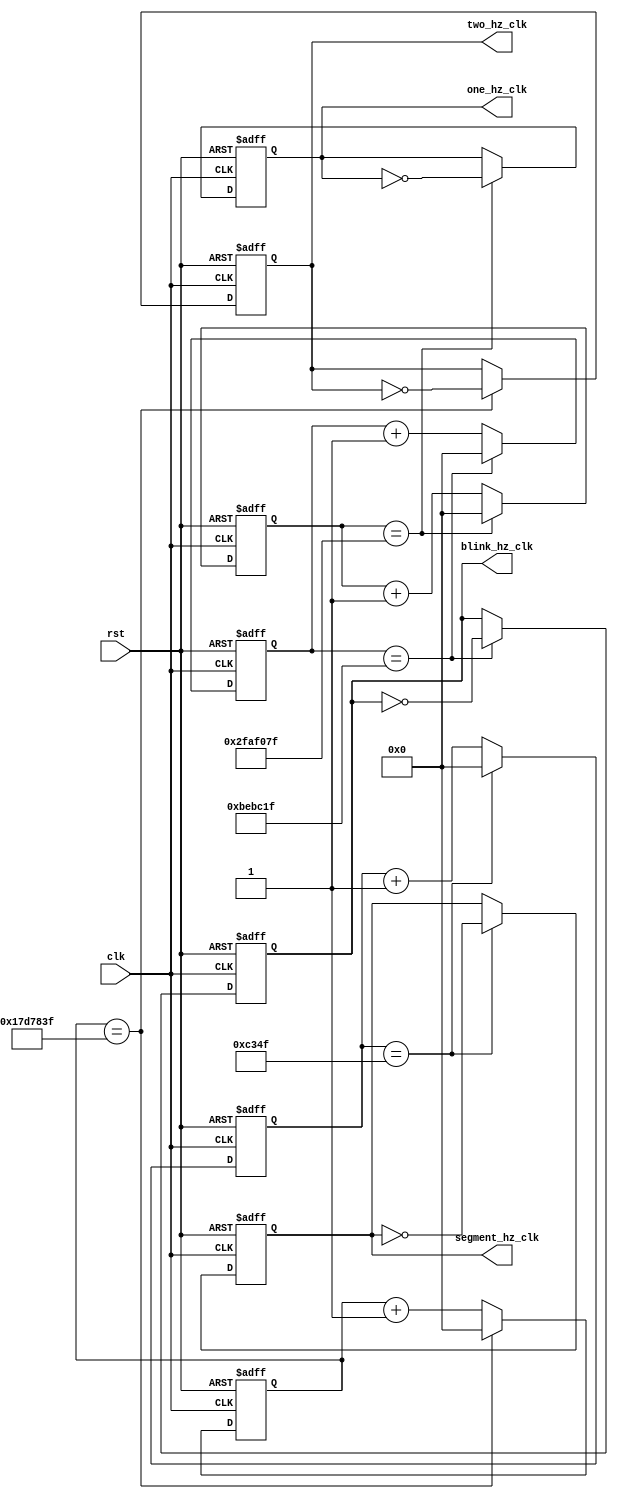
`timescale 1ns / 1ps
//////////////////////////////////////////////////////////////////////////////////
// Company: 
// Engineer: 
// 
// Design Name: 
// Module Name:    clock_dividers 
// Project Name: 
// Target Devices: 
// Tool versions: 
// Description: 
//
// Dependencies: 
//
// Revision: 
// Revision 0.01 - File Created
// Additional Comments: 
//
//////////////////////////////////////////////////////////////////////////////////

//Create four separate clock dividers
module clock_dividers(
	input wire clk,
	input wire rst,
	output wire two_hz_clk,
	output wire one_hz_clk,
	output wire segment_hz_clk,
	output wire blink_hz_clk
    );
	 
	reg two_hz_clk_reg;
	reg one_hz_clk_reg;
	reg segment_hz_clk_reg;
	reg blink_hz_clk_reg;
	 
	localparam TWO_DIV_FACTOR = 25000000;
	localparam ONE_DIV_FACTOR = 50000000;
	//Set to 1 kHz for the seven segment display
	localparam SEGMENT_DIV_FACTOR = 50000;
	//Set to 3Hz for the blinking adjust
	localparam BLINK_DIV_FACTOR = 12500000;
	
	reg [31:0] two_counter;
	reg [31:0] one_counter;
	reg [31:0] segment_counter;
	reg [31:0] blink_counter;

	//Two Hz Clock Divider
	
	always @ (posedge(clk) or posedge(rst))
	begin
		if(rst == 1'b1)
		begin
			two_counter <= 32'b0;
			two_hz_clk_reg <= 1'b0;
		end
		else if(two_counter == TWO_DIV_FACTOR -1)
		begin
			two_counter <= 32'b0;
			two_hz_clk_reg <= ~two_hz_clk;
		end
		else
		begin
			two_counter <= two_counter + 32'b1;
			two_hz_clk_reg <= two_hz_clk;
		end	
	end
	
	//One Hz Clock Divider
	
	always @ (posedge(clk) or posedge(rst))
	begin
		if(rst == 1'b1)
		begin
			one_counter <= 32'b0;
			one_hz_clk_reg <= 1'b0;
		end
		else if(one_counter == ONE_DIV_FACTOR -1)
		begin
			one_counter <= 32'b0;
			one_hz_clk_reg <= ~one_hz_clk;
		end
		else
		begin
			one_counter <= one_counter + 32'b1;
			one_hz_clk_reg <= one_hz_clk;
		end	
	end
	
	//Segment Clock Divider
	
	always @ (posedge(clk) or posedge(rst))
	begin
		if(rst == 1'b1)
		begin
			segment_counter <= 32'b0;
			segment_hz_clk_reg <= 1'b0;
		end
		else if(segment_counter == SEGMENT_DIV_FACTOR -1)
		begin
			segment_counter <= 32'b0;
			segment_hz_clk_reg <= ~segment_hz_clk;
		end
		else
		begin
			segment_counter <= segment_counter + 32'b1;
			segment_hz_clk_reg <= segment_hz_clk;
		end	
	end
	
	//Blinking Clock Divider
	
	always @ (posedge(clk) or posedge(rst))
	begin
		if(rst == 1'b1)
		begin
			blink_counter <= 32'b0;
			blink_hz_clk_reg <= 1'b0;
		end
		else if(blink_counter == BLINK_DIV_FACTOR -1)
		begin
			blink_counter <= 32'b0;
			blink_hz_clk_reg <= ~blink_hz_clk;
		end
		else
		begin
			blink_counter <= blink_counter + 32'b1;
			blink_hz_clk_reg <= blink_hz_clk;
		end	
	end

	assign two_hz_clk = two_hz_clk_reg;
	assign one_hz_clk = one_hz_clk_reg;
	assign segment_hz_clk = segment_hz_clk_reg;
	assign blink_hz_clk = blink_hz_clk_reg;

endmodule